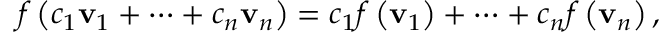
f \left( c _ { 1 } \mathbf { v } _ { 1 } + \cdots + c _ { n } \mathbf { v } _ { n } \right) = c _ { 1 } f \left( \mathbf { v } _ { 1 } \right) + \cdots + c _ { n } f \left( \mathbf { v } _ { n } \right) ,